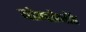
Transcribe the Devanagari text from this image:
बोगडेनॉर